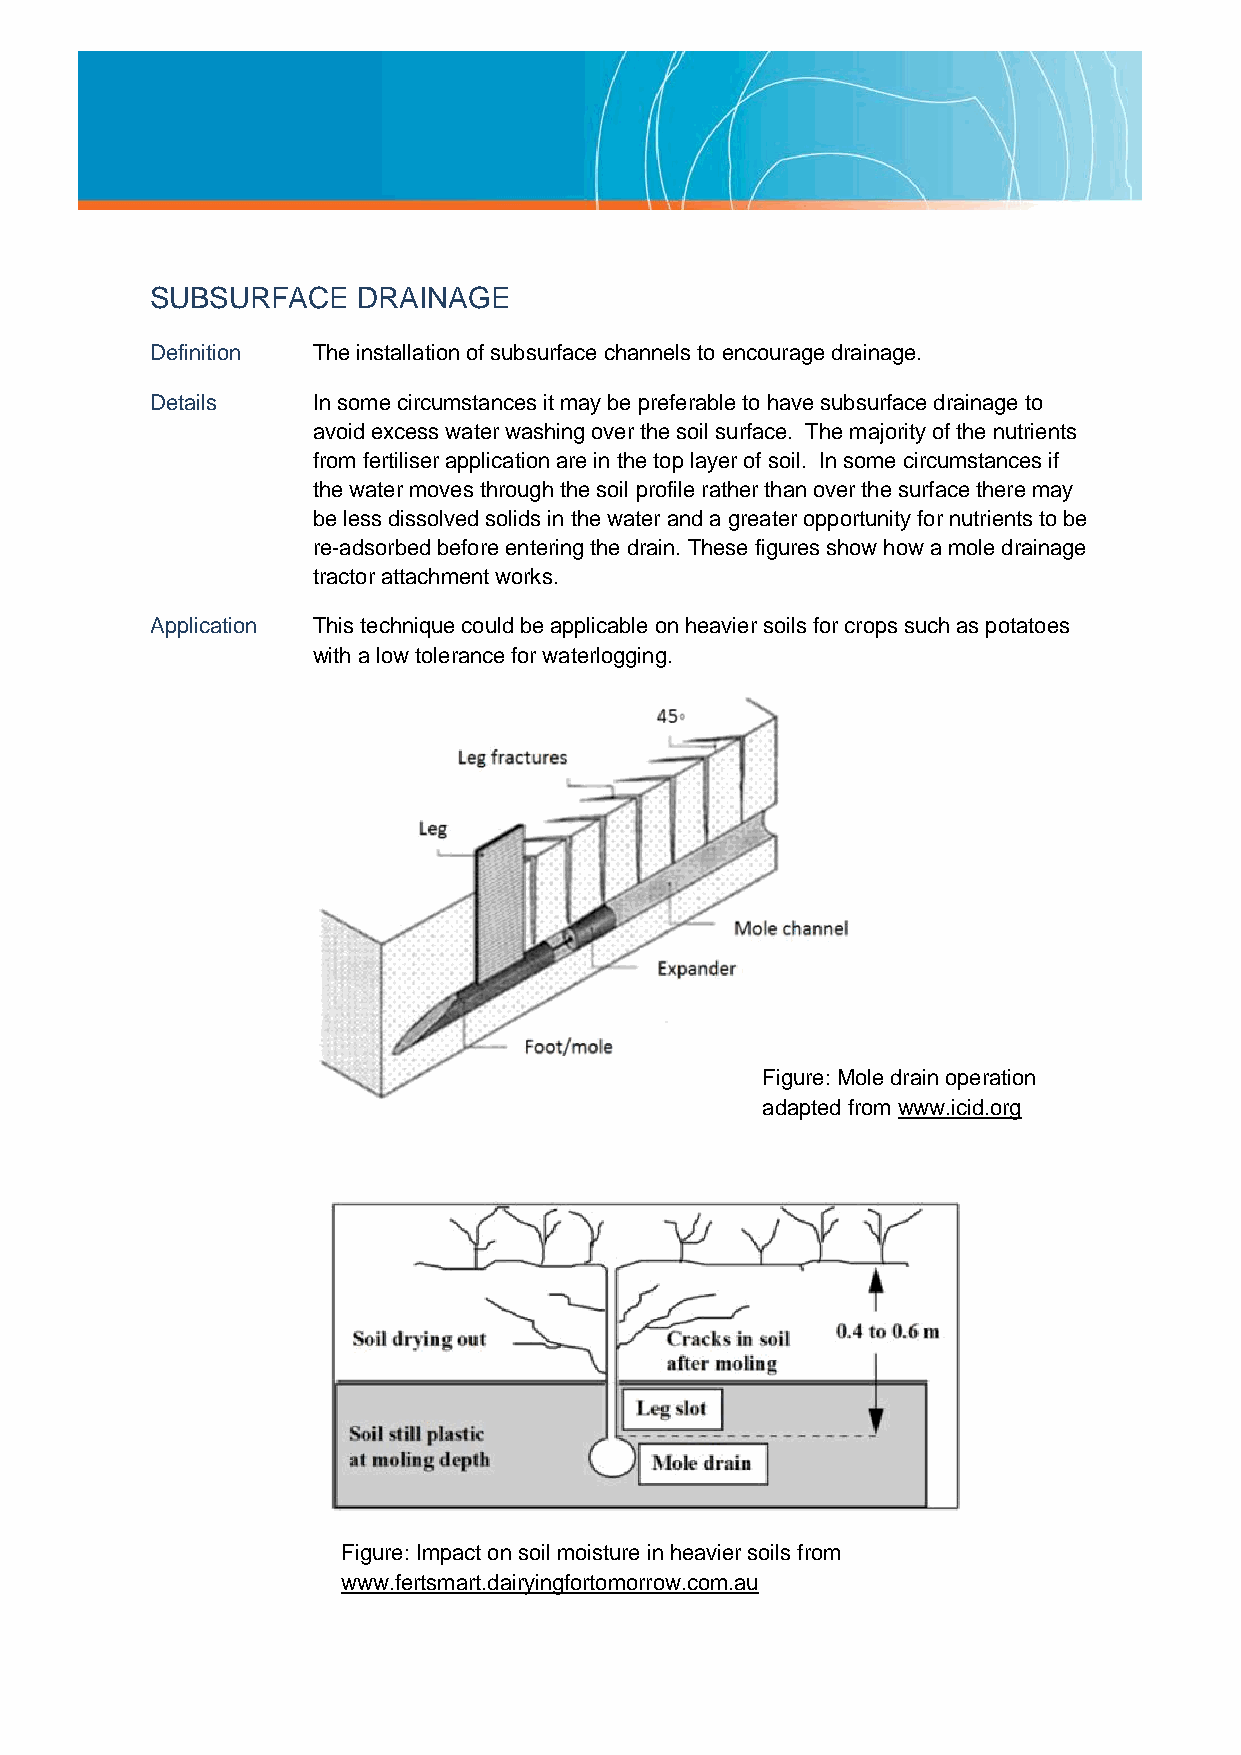
SUBSURFACE    DRAINAGE
 Definition The installation of subsurface channels to encourage drainage.
 Details    In some circumstances it may be preferable to have subsurface drainage to
 avoid excess water washing over the soil surface. The majority of the nutrients
 from fertiliser application are in the top layer of soil. In some circumstances if
 the water moves through the soil profile rather than over the surface there may
 be less dissolved solids in the water and a greater opportunity for nutrients to be
 re-adsorbed before entering the drain. These figures show how a mole drainage
 tractor attachment works.
 Application This technique could be applicable on heavier soils for crops such as potatoes
 with a low tolerance for waterlogging.
 Figure: Mole drain operation
 adapted from www.icid.org
 Figure: Imp act on soil moisture in heavier soils from
 www.fertsmart.dairyingfortomorrow.com.au